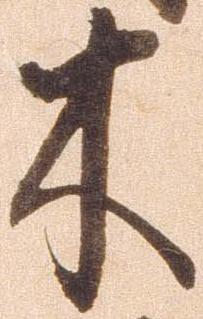
木